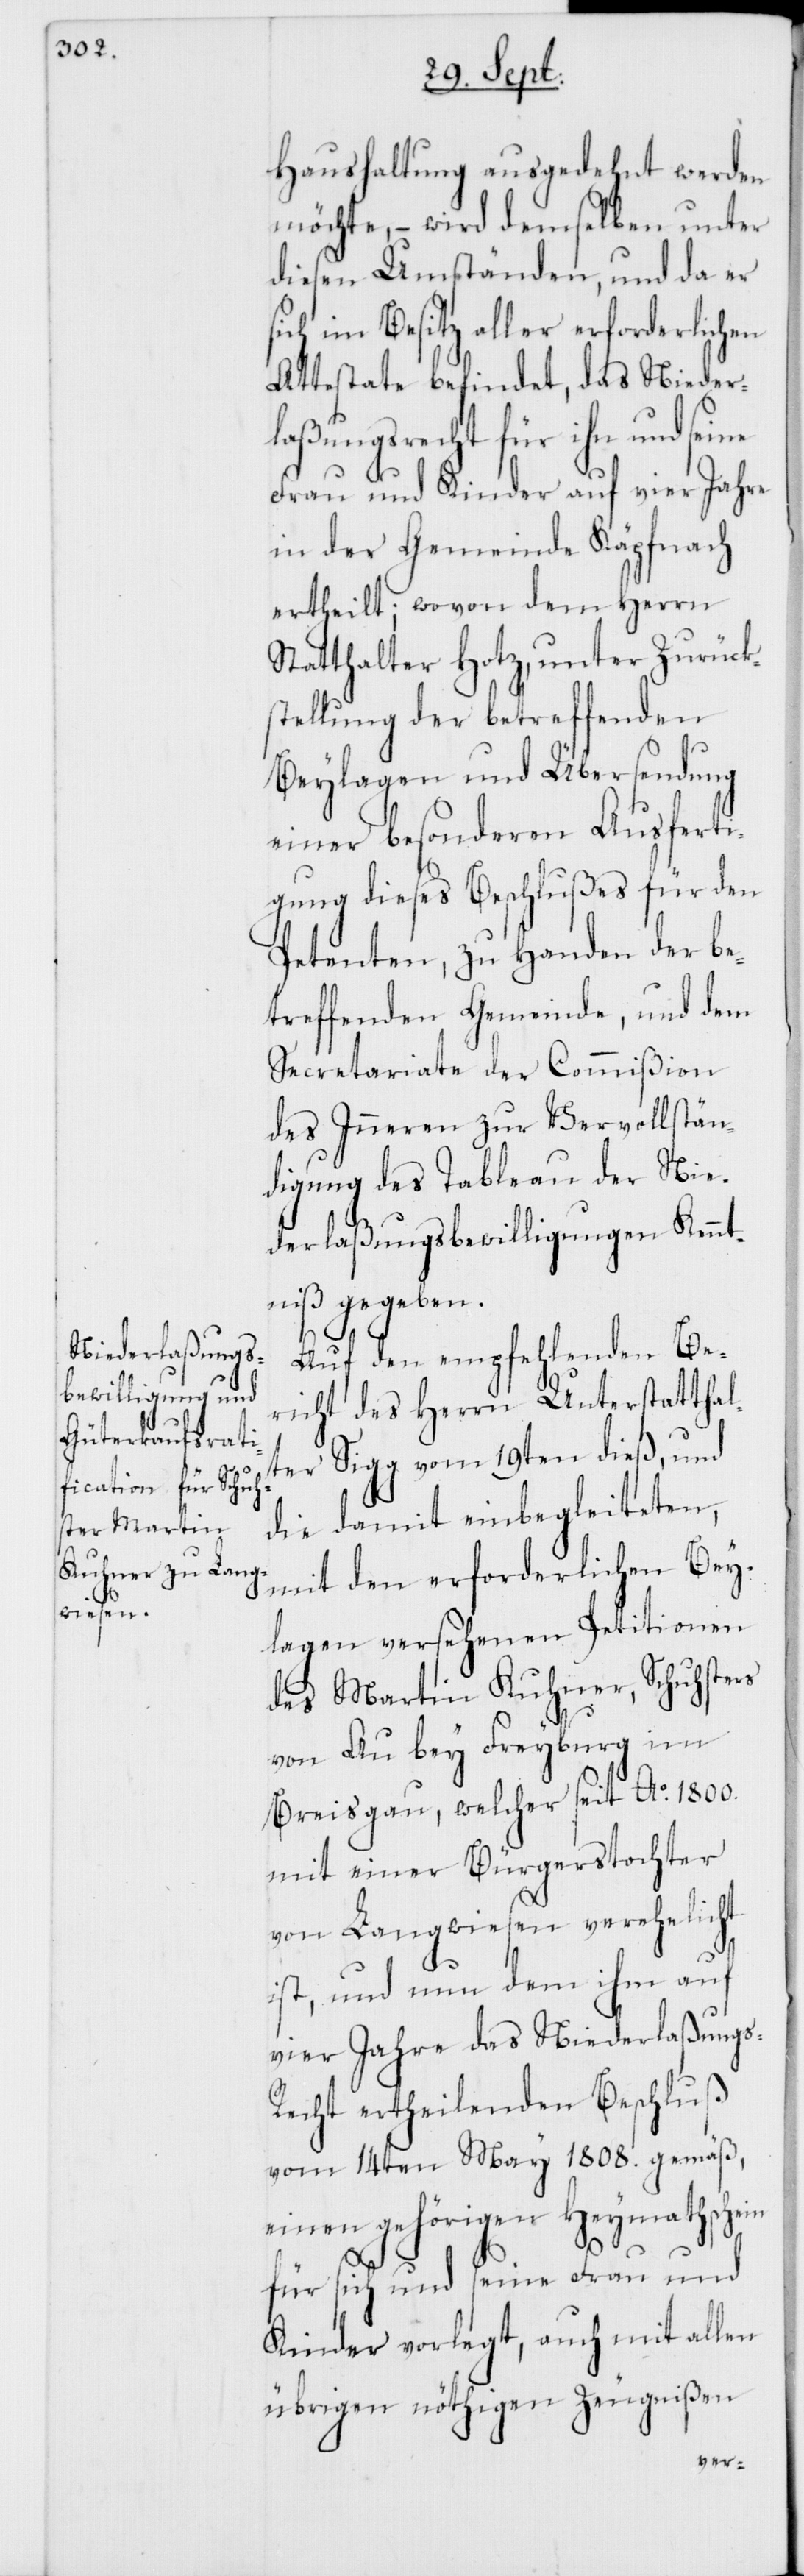
Haushaltung ausgedehnt werden
möchte, – wird demselben unter
diesen Umständen, und da er
sich im Besitz aller erforderlichen
Attestate befindet, das Nieder¬
laßungsrecht für ihn und seine
Frau und Kinder auf vier Jahre
in der Gemeinde Käpfnach
ertheilt; wovon dem Herrn
Statthalter Hotz, unter Zurücks¬
tellung der betreffenden
Beylagen und Übersendung
einer besonderen Ausferti¬
gung dieses Beschlußes für den
Petenten, zu Handen der be¬
treffenden Gemeinde, und dem
Secretariate der Commißion
des Inneren zur Vervollstän¬
digung des Tableau der Nie¬
derlaßungsbewilligungen Kennt¬
niß gegeben.
Auf den empfehlenden Be¬
richt des Herrn Unterstattha¬
er Sigg vom 19ten dieß, und
lt¬
die damit einbegleiteten,
mit den erforderlichen Bey¬
lagen versehenen Petitionen
des Martin Kuhner, Schuhsters
von Au bey Freyburg im
Breisgau, welcher seit Ao 1800.
mit einer Bürgerstochter
von Langwiesen verehelicht
ist, und nun dem ihm auf
vier Jahre das Niederlaßungs-R¬
echt ertheilenden Beschluß
vom 14ten May 1808. gemäß,
einen gehörigen Heymathschein
für sich und seine Frau und
Kinder vorlegt, auch mit allen
übrigen nöthigen Zeugnißen